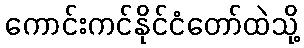
ကောင်းကင်နိုင်ငံတော်ထဲသို့